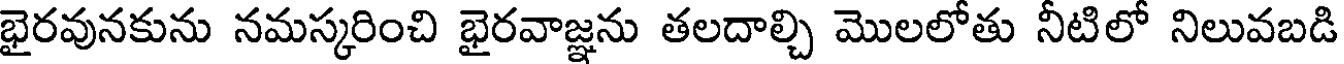
భైరవునకును నమస్కరించి భైరవాజ్ఞను తలదాల్చి మొలలోతు నీటిలో నిలువబడి